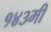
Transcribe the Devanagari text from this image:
१४३मी